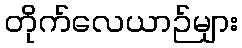
တိုက်လေယာဉ်များ